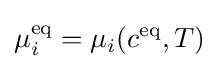
\mu _{i}^{\rm {eq}}=\mu _{i}(c^{\rm {eq}},T)